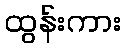
ထွန်းကား